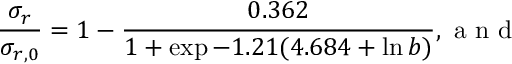
\frac { \sigma _ { r } } { \sigma _ { r , 0 } } = 1 - \frac { 0 . 3 6 2 } { 1 + \exp { - 1 . 2 1 ( 4 . 6 8 4 + \ln b ) } } , { \textmd { a n d } }